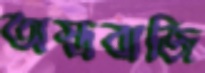
অস্ত্রবাজি